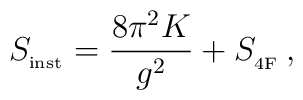
S_{_{{\rm inst}}}=\frac{8 \pi^2 K}{g^{2}} + 	S_{_{{\rm 4F}}} \, ,